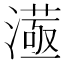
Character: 𣾛